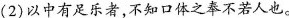
（2)以中有足乐者，不知口体之奉不若人也。